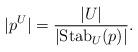
LaTeX: \begin{align*}|p^U|=\displaystyle{\frac{|U|}{|\mathrm{Stab}_U(p)|}}.\end{align*}